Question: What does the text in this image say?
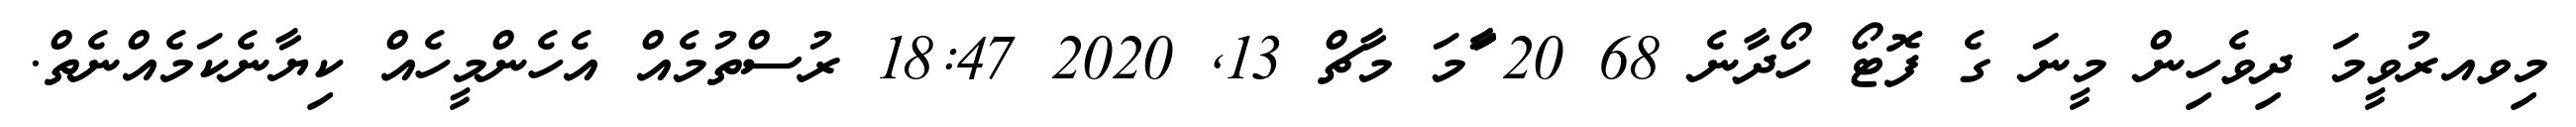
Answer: މިވއރުވީމަ ދިވެހިން މީނަ ގެ ފޮޓޯ ހޯދާނެ 68 20 ާަާމަ މާޗް 13, 2020 18:47 ރުސްތުމެއް އެހެންމީހެއް ކިޔާނެކަމެއްނެތް.